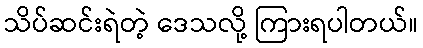
သိပ်ဆင်းရဲတဲ့ ဒေသလို့ ကြားရပါတယ်။